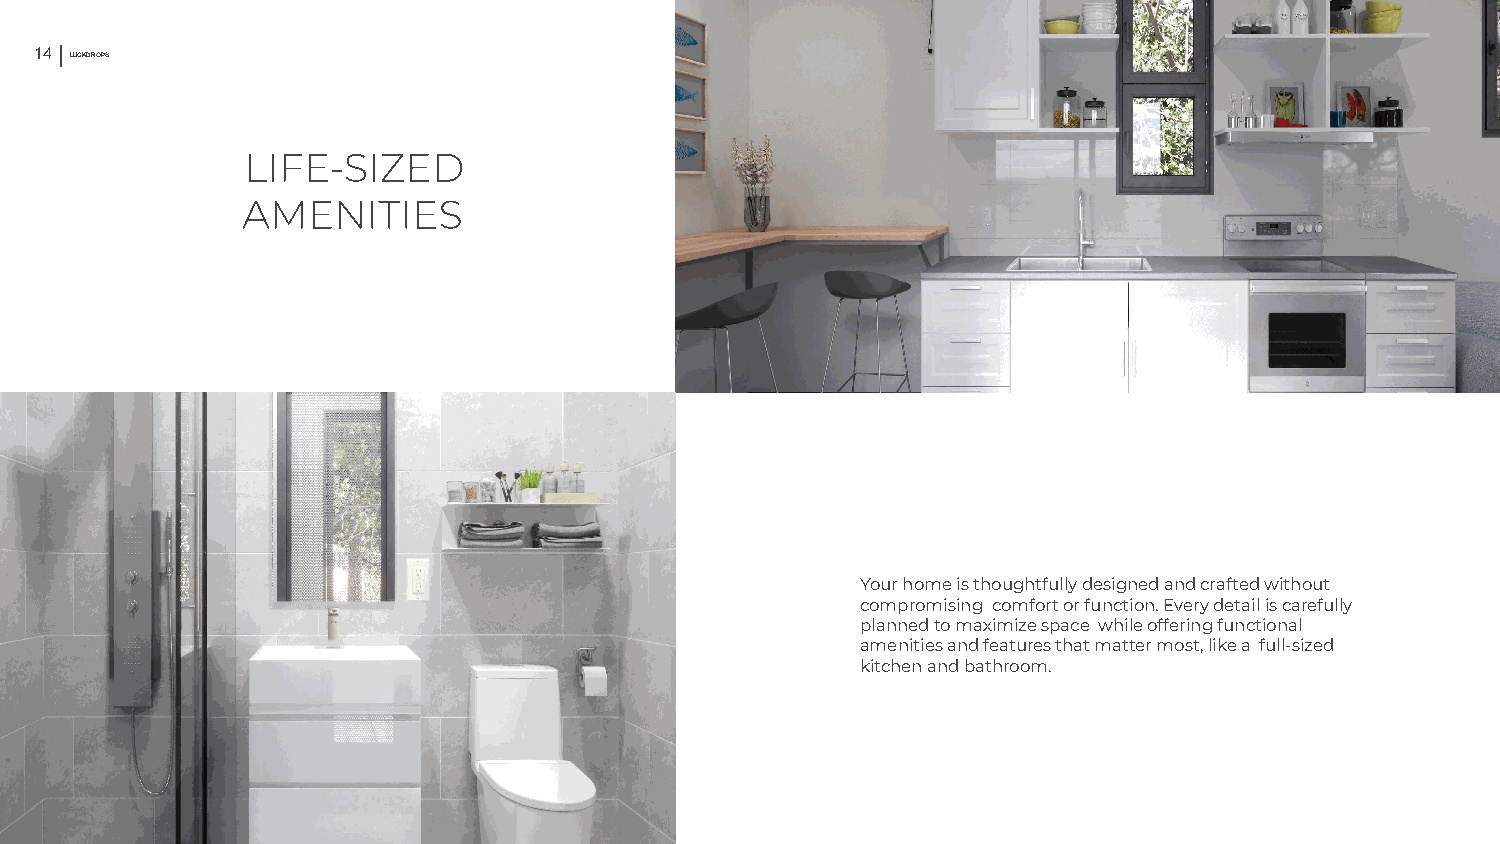
14 LUCKDROPS                                                                                  1
 5
 Your home is thoughtfully designed and crafted without
 compromising comfort or function. Every detail is carefully
 planned to maximize space while offering functional
 amenities and features that matter most, like a full-sized
 kitchen and bathroom.